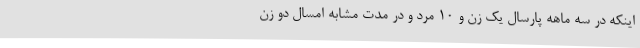
اینکه در سه ماهه پارسال یک زن و 10 مرد و در مدت مشابه امسال دو زن